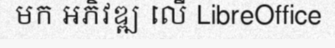
មក អភិវឌ្ឍ លើ LibreOffice